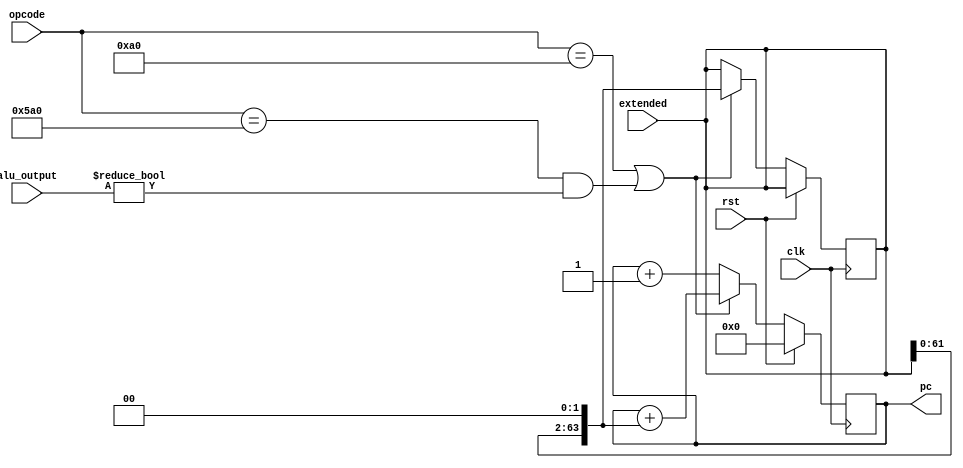
module PC_Counter(
    input clk,
    input rst,
    input [63:0] alu_output,
    input [63:0] extended,
    input [10:0] opcode,
    output reg [63:0] pc
    );
    
    always @ (posedge clk) begin
      if (rst)
        pc <= 64'h0;
      else if (opcode == 11'h0A0 || (opcode == 11'h5A0 && alu_output != 0))  begin
        extended = extended << 2'b10;
        pc <= pc + extended;
      end
      else 
        pc <= pc + 1'b1;
    end

    
endmodule